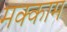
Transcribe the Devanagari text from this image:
मक्काम